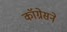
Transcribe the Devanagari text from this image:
कॉग्रेसने